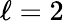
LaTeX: \ell=2